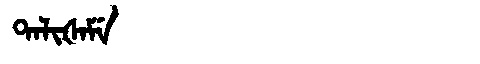
Manchu: ᡨᠠᠯᡳᡧᠠᠮᡝ
Romanization: TALIŠAME